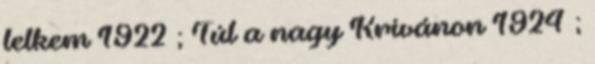
lelkem 1922 ; Túl a nagy Krivánon 1924 ;